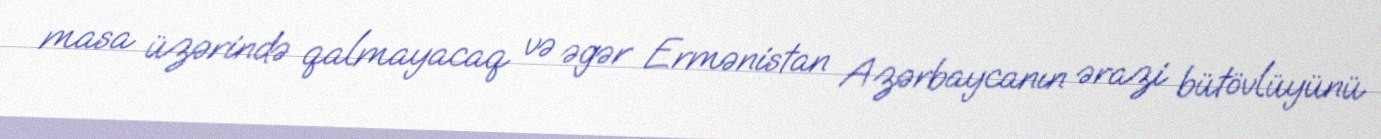
masa üzərində qalmayacaq və əgər Ermənistan Azərbaycanın ərazi bütövlüyünü